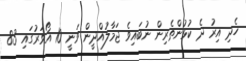
ހެދި އިރު ދެ ކުޅުންތެރިން ނުބައިވެ ޖަމާލުއްދީން ވަނީ 10 އޯވަރުގައި 83